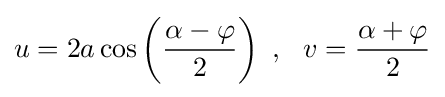
u=2a\cos \left({\frac {\alpha -\varphi }{2}}\right)\ ,\ \ v={\frac {\alpha +\varphi }{2}}